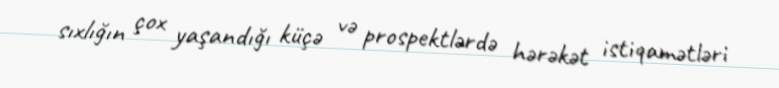
sıxlığın çox yaşandığı küçə və prospektlərdə hərəkət istiqamətləri